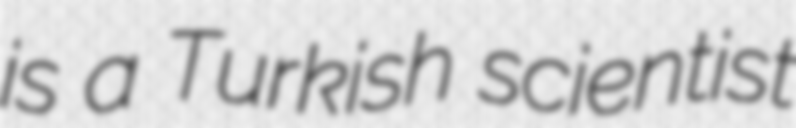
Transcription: is a Turkish scientist